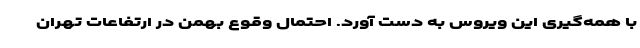
با همه‌گیری این ویروس به دست آورد. احتمال وقوع بهمن در ارتفاعات تهران